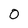
Character: 0